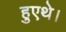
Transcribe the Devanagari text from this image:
हुएथे।